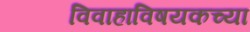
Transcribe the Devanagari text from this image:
विवाहाविषयकच्या